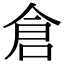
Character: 倉